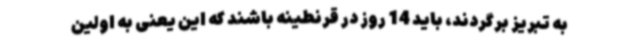
به تبریز برگردند، باید 14 روز در قرنطینه باشند که این یعنی به اولین